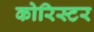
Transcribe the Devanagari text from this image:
कोरिस्टर